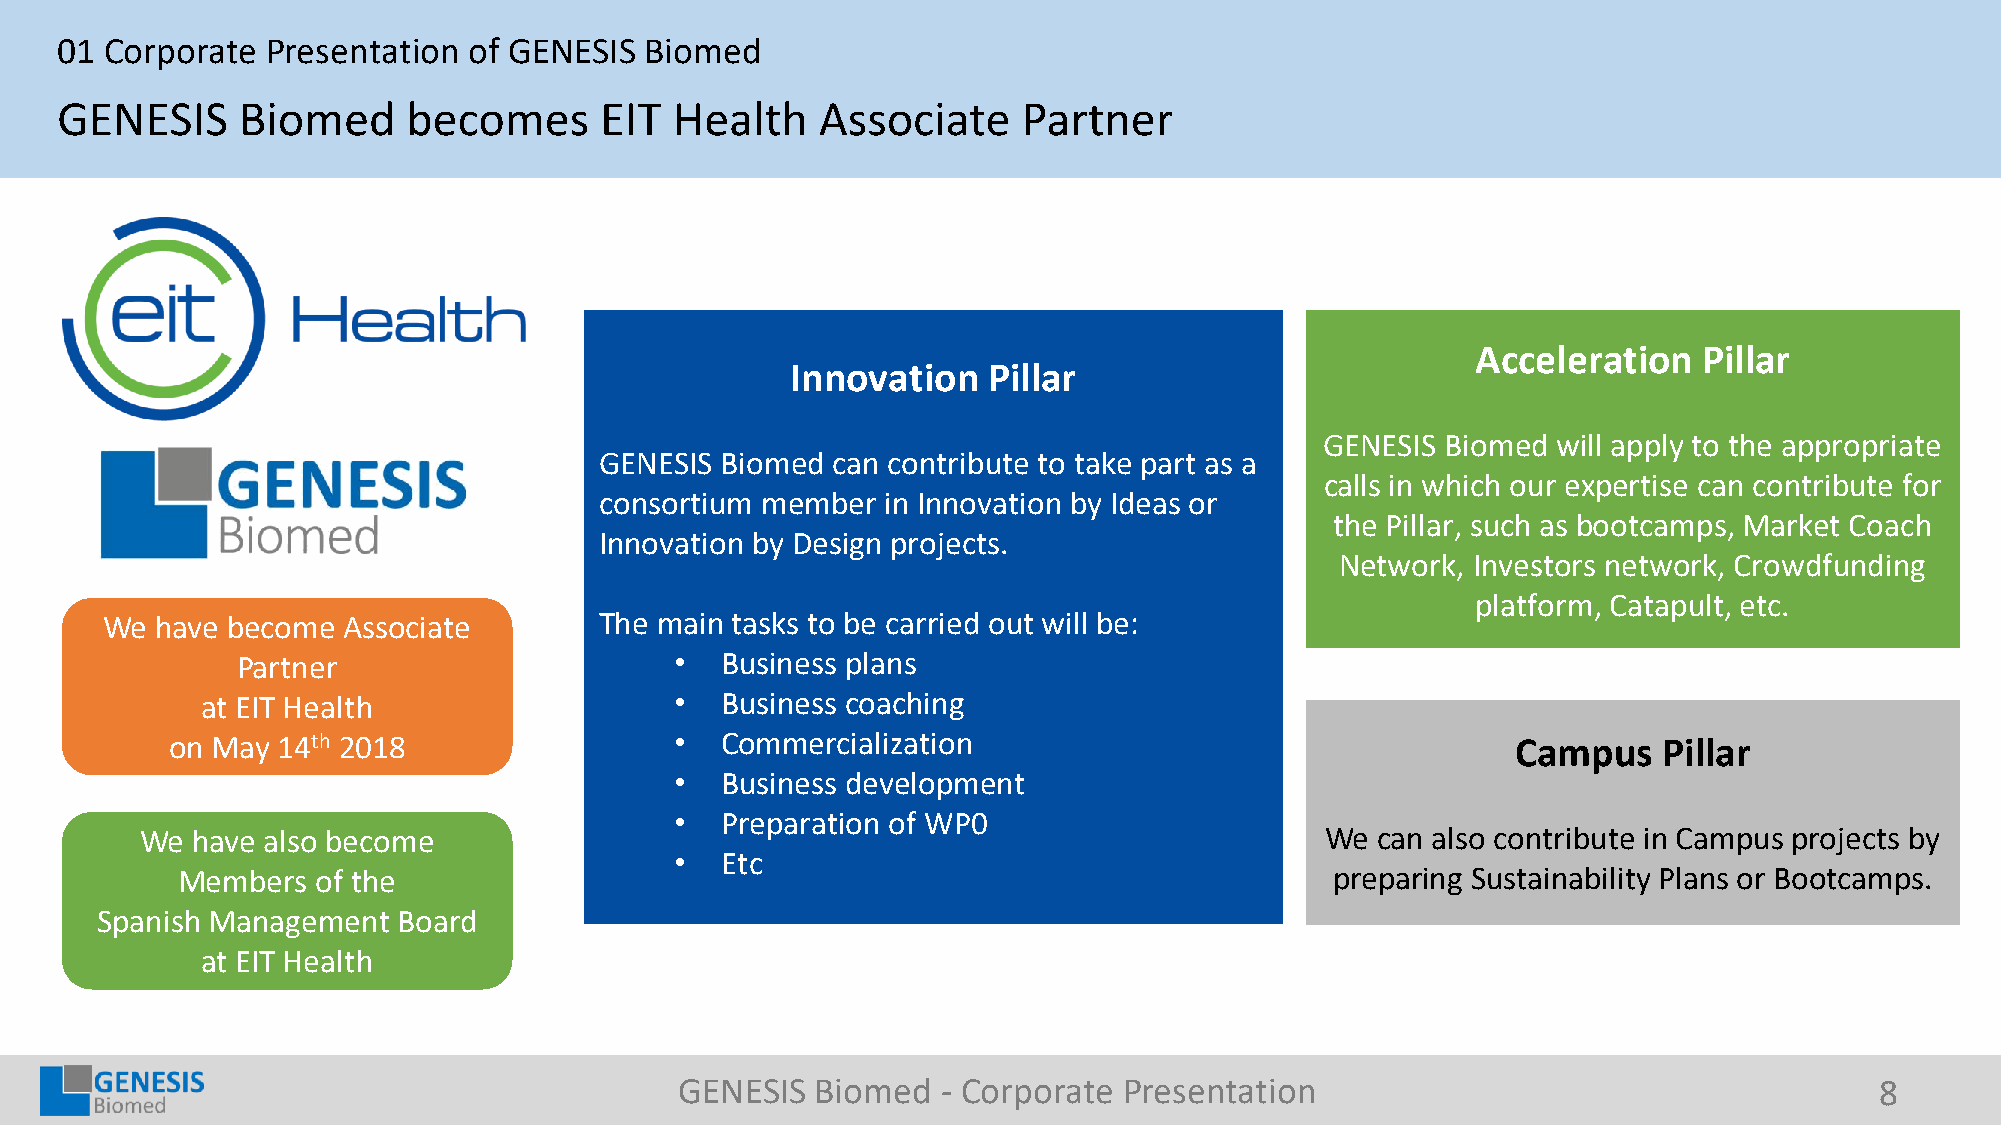
01 Corporate  Presentation of GENESIS  Biomed
 GENESIS     Biomed     becomes      EIT  Health   Associate     Partner
 Acceleration   Pillar
 Innovation   Pillar
 GENESIS Biomed will apply to the appropriate
 GENESIS Biomed can contribute to take part as a
 calls in which our expertise can contribute for
 consortium member  in Innovation by Ideas or
 the Pillar, such as bootcamps, Market Coach
 Innovation by Design projects.
 Network, Investors network, Crowdfunding
 platform, Catapult, etc.
 We have become  Associate        The main tasks to be carried out will be:
 Partner                      •  Business plans
 at EIT Health                   •  Business coaching
 on May 14th 2018                  •  Commercialization                                   Campus    Pillar
 •  Business development
 •  Preparation of WP0
 We  have also become                                                           We can also contribute in Campus projects by
 •  Etc
 Members  of the                                                             preparing Sustainability Plans or Bootcamps.
 Spanish Management  Board
 at EIT Health
 GENESIS  Biomed  - Corporate Presentation                                      8